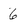
Character: 6